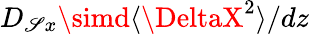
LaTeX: D_{\mathscr{S}x}\simd\langle\DeltaX^{2}\rangle/dz